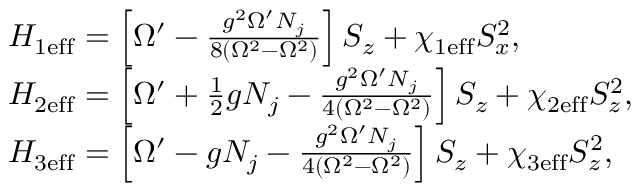
\begin{array} { r l } & { H _ { \mathrm { 1 e f f } } = \left[ \Omega ^ { \prime } - \frac { g ^ { 2 } \Omega ^ { \prime } N _ { j } } { 8 ( \Omega ^ { 2 } - \Omega ^ { 2 } ) } \right] S _ { z } + \chi _ { \mathrm { 1 e f f } } S _ { x } ^ { 2 } , } \\ & { H _ { \mathrm { 2 e f f } } = \left[ \Omega ^ { \prime } + \frac { 1 } { 2 } g N _ { j } - \frac { g ^ { 2 } \Omega ^ { \prime } N _ { j } } { 4 ( \Omega ^ { 2 } - \Omega ^ { 2 } ) } \right] S _ { z } + \chi _ { \mathrm { 2 e f f } } S _ { z } ^ { 2 } , } \\ & { H _ { \mathrm { 3 e f f } } = \left[ \Omega ^ { \prime } - g N _ { j } - \frac { g ^ { 2 } \Omega ^ { \prime } N _ { j } } { 4 ( \Omega ^ { 2 } - \Omega ^ { 2 } ) } \right] S _ { z } + \chi _ { \mathrm { 3 e f f } } S _ { z } ^ { 2 } , } \end{array}